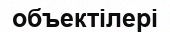
объектілері